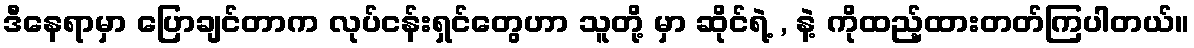
ဒီနေရာမှာ ပြောချင်တာက လုပ်ငန်းရှင်တွေဟာ သူတို့ မှာ ဆိုင်ရဲ့ , နဲ့ ကိုထည့်ထားတတ်ကြပါတယ်။